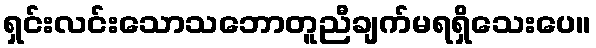
ရှင်းလင်းသောသဘောတူညီချက်မရရှိသေးပေ။